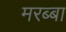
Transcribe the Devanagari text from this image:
मरब्बा